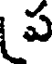
ప